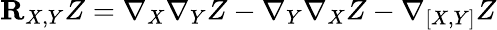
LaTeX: {\mathbf R}_{X,Y}Z=\nabla_{X}\nabla_{Y}Z-\nabla_{Y}\nabla_{X}Z-\nabla{_{[X,Y]}}Z